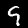
Label: 9